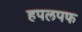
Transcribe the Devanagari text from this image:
हपलपफ